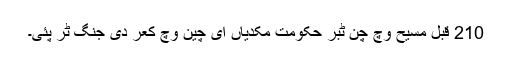
210 قبل مسیح وچ چن ٹبر حکومت مکدیاں ای چین وچ کعر دی جنگ ٹر پئی۔